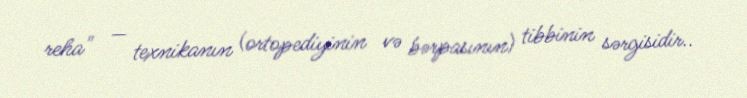
reha" — texnikanın (ortopediyinin və bərpasının) tibbinin sərgisidir..